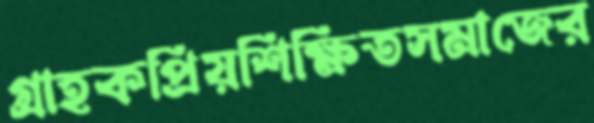
গ্রাহকপ্রিয়শিক্ষিতসমাজের